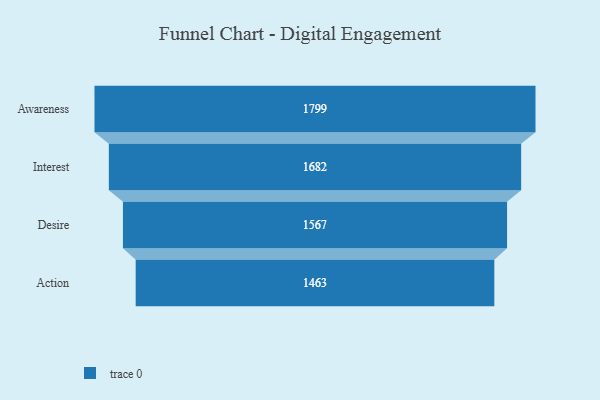
{"axis": {"x": "Stage", "y": "Value"}, "legend": [""], "data": [{"x": "Awareness", "y": 1799.0, "type": ""}, {"x": "Interest", "y": 1682.0, "type": ""}, {"x": "Desire", "y": 1567.0, "type": ""}, {"x": "Action", "y": 1463.0, "type": ""}]}